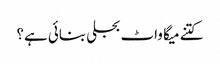
کتنے میگا واٹ بجلی بنائی ہے؟